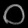
Digit: ၀